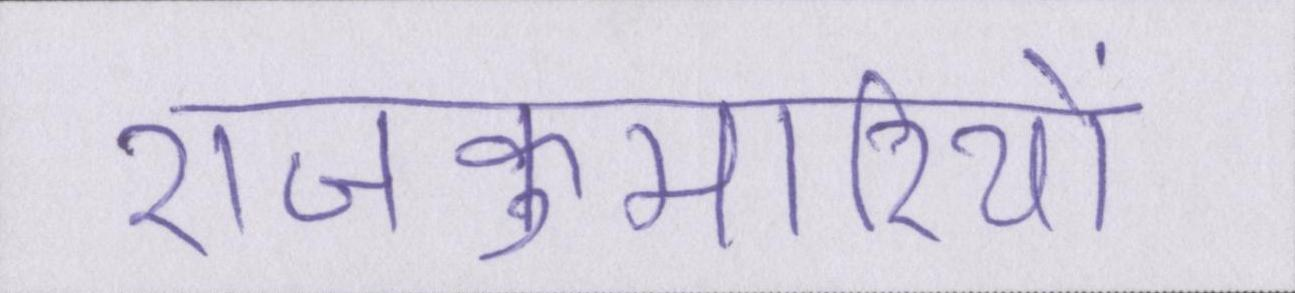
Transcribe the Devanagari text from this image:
राजकुमारियों